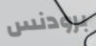
برودنس